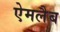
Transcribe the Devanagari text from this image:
ऐमलैब